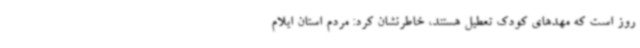
روز است که مهدهای کودک تعطیل هستند، خاطرنشان کرد: مردم استان ایلام